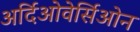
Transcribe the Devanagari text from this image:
अर्दिओवेर्सिओन